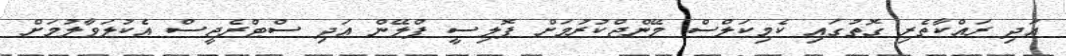
އަދި ރައްކާތެރި ގޮތުގައި ކެމިކަލްސް މޭންޖްކުރުމަށް ޕޮލިސީ ޕްލޭން އަދި ސްޓްރެޖީސް އެކުލަވާލުމަށް